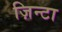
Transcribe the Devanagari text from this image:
ज़िन्टा